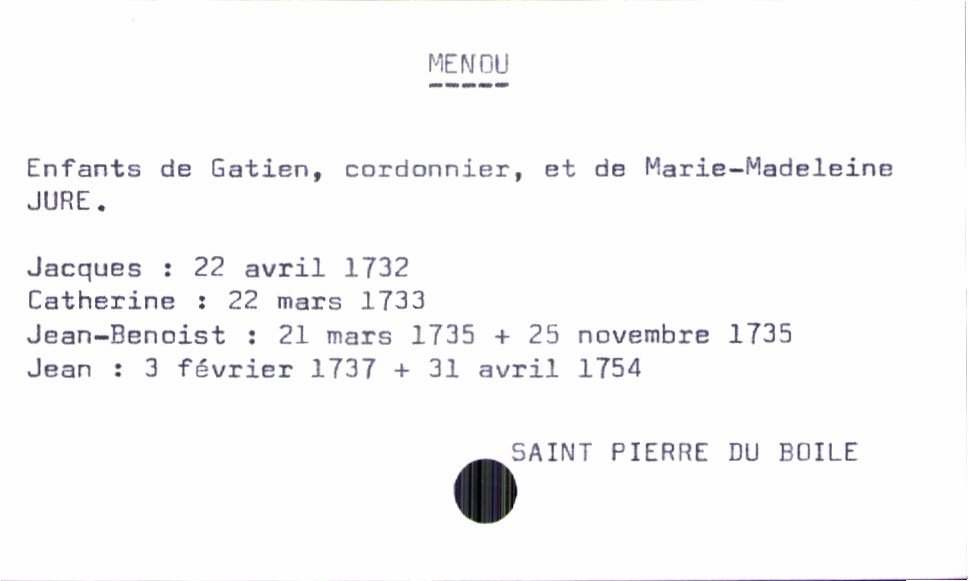
type_acte: Baptême
filiation: fils
enfant_prénom: Jean
enfant_date_de_naissance: 3 février 1737
enfant_lieu_de_naissance: Saint Pierre du Boile
enfant_date_de_décès: 31 avril 1754
enfant_lieu_de_décès: Saint Pierre du Boile
père_enfant_nom: Menou
père_enfant_prénom: Gatien
mère_enfant_nom: Jure
mère_enfant_prénom: Marie-Madeleine